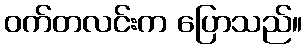
ဝက်တလင်းက ပြောသည်။